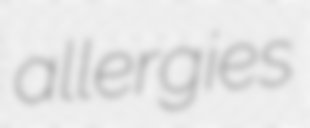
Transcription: allergies